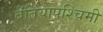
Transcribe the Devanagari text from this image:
बेतियापश्चिमी